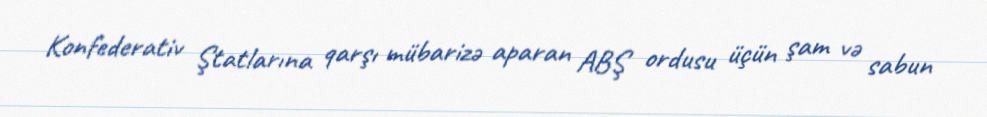
Konfederativ Ştatlarına qarşı mübarizə aparan ABŞ ordusu üçün şam və sabun